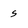
Character: s